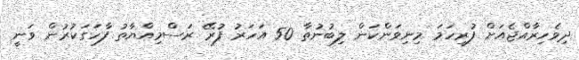
ދިވެހިރާއްޖެއަށް ފުރިހަމަ މިނިވަންކަން ލިބުނުތާ 50 އަހަރު ފުރޭ ރަސްމިއްޔާތު ފާހަގަކުރުން ވަނީ